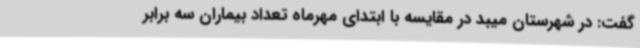
گفت: در شهرستان میبد در مقایسه با ابتدای مهرماه تعداد بیماران سه برابر